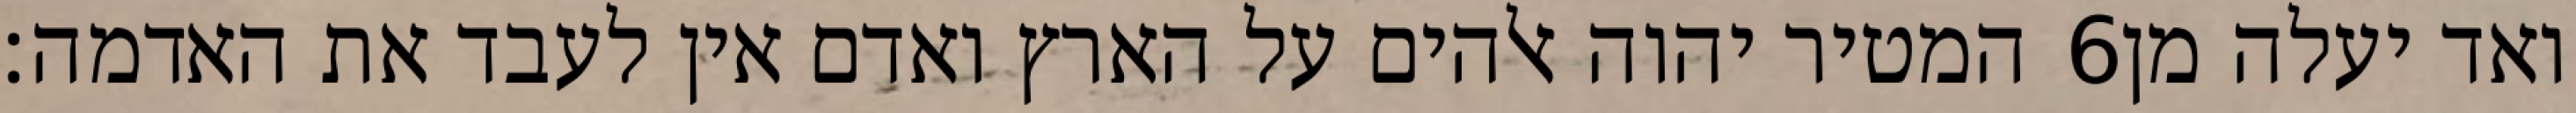
המטיר יהוה אלהים על הארץ ואדם אין לעבד את האדמה׃ ‎6‏ ואד יעלה מן